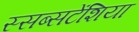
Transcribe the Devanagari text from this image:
स्सब्सटेंशिया